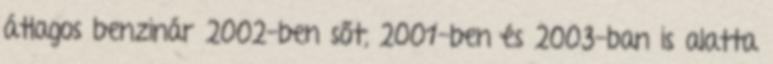
átlagos benzinár 2002-ben sőt, 2001-ben és 2003-ban is alatta